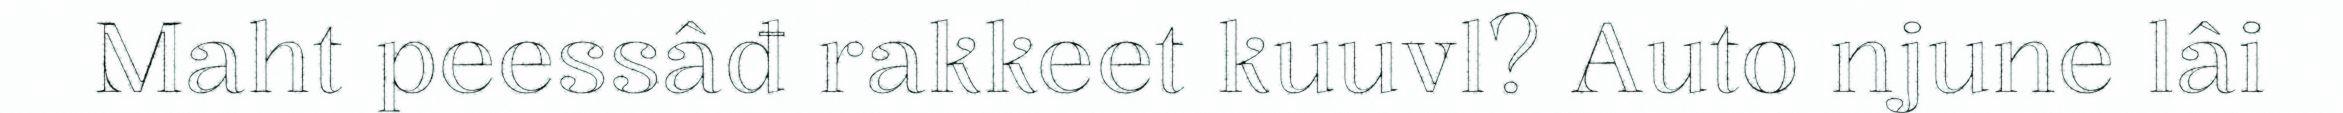
Maht peessâđ rakkeet kuuvl? Auto njune lâi